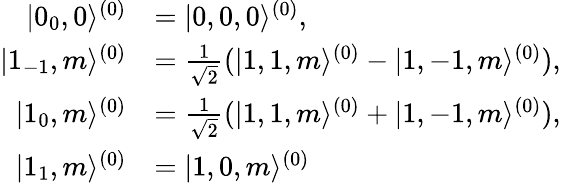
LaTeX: \begin{array}{rl}{|0_{0},0\rangle^{(0)}}&{=|0,0,0\rangle^{(0)},}\\ {|1_{-1},m\rangle^{(0)}}&{=\frac{1}{\sqrt{2}}(|1,1,m\rangle^{(0)}-|1,-1,m\rangle^{(0)}),}\\ {|1_{0},m\rangle^{(0)}}&{=\frac{1}{\sqrt{2}}(|1,1,m\rangle^{(0)}+|1,-1,m\rangle^{(0)}),}\\ {|1_{1},m\rangle^{(0)}}&{=|1,0,m\rangle^{(0)}}\end{array}